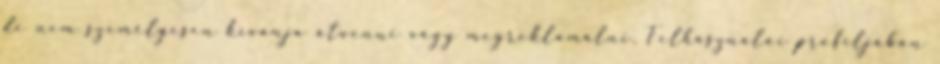
de nem személyesen kívánja átvenni vagy megreklamálni. Felhasználói profiljában